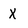
Character: X